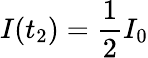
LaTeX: I(t_{2})=\frac{1}{2}I_{0}